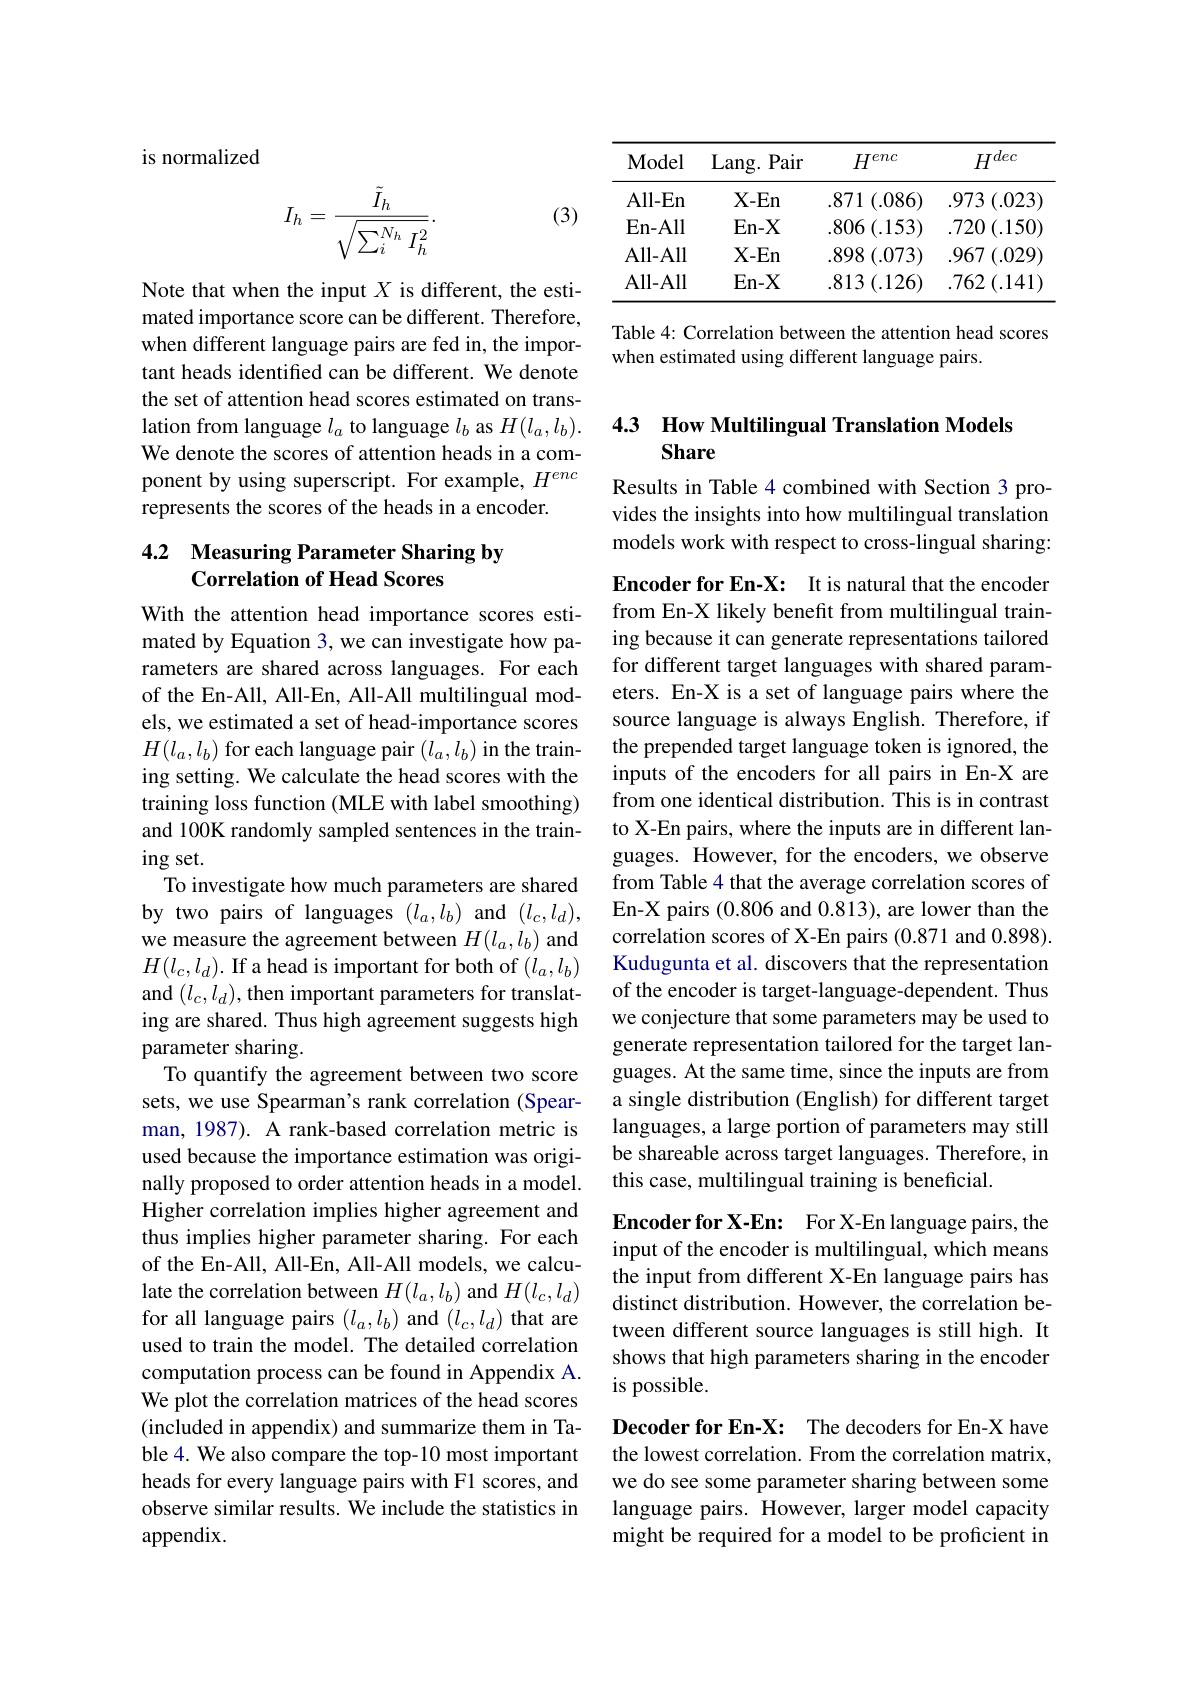
is normalized

(3)
$$I_h=\frac{\tilde{I}_h}{\sqrt{\sum_i^{N_h}I_h^2}}.$$
Note that when the input $X$ is different, the estimated importance score can be different. Therefore, tant heads identified can be different. We denote the set of attention head scores estimated on translation from language $l_a$ to language $l_b$ as $H(l_a,l_b).$ We denote the scores of attention heads in a component by using superscript. For example, $H^{enc}$ represents the scores of the heads in a encoder.

## 4.2 Measuring Parameter Sharing by Correlation of Head Scores

With the attention head importance scores estimated by Equation 3, we can investigate how parameters are shared across languages. For each of the En-All, All-En, All-All multilingual models, we estimated a set of head-importance scores $H(l_{a},l_{b})$ for each language pair $(l_{a},l_{b})$ in the training setting. We calculate the head scores with the training loss function (MLE with label smoothing) and 100K randomly sampled sentences in the train- $ingset.$
To investigate how much parameters are shared by two pairs of languages $(l_a,l_b)$ and $(l_c,l_d)$, we measure the agreement between $H(l_a,l_b)$ and $H(l_c,l_d).$ If a head is important for both of $(l_a,l_b)$ and $(l_{c},l_{d})$,then important parameters for translating are shared. Thus high agreement suggests high parameter sharing.
To quantify the agreement between two score sets, we use Spearman's rank correlation (Spearman, 1987). A rank-based correlation metric is used because the importance estimation was originally proposed to order attention heads in a model. Higher correlation implies higher agreement and thus implies higher parameter sharing. For each of the En-All, All-En, All-All models, we calculate the correlation between $H(l_a,l_b)$ and $H(l_c,l_d)$ for all language pairs $(l_a,l_b)$ and $(l_c,l_d)$ that are used to train the model. The detailed correlation computation process can be found in Appendix A. We plot the correlation matrices of the head scores (included in appendix) and summarize them in Table 4. We also compare the top-10 most important heads for every language pairs with F1 scores, and observe similar results. We include the statistics in appendix.

<table>
	<tbody>
		<tr>
			<th>Model</th>
			<th>Lang. Pair</th>
			<th>$H^{enc}$</th>
			<th>$H^{dec}$</th>
		</tr>
		<tr>
			<td>All- En</td>
			<td>$X-En$</td>
			<td>.871 (.086)</td>
			<td>.973 (.023)</td>
		</tr>
		<tr>
			<td>En- All</td>
			<td>$En-X$</td>
			<td>$.806\left(.153\right)$</td>
			<td>$.720\left(.150\right)$</td>
		</tr>
		<tr>
			<td>All- All</td>
			<td>$X-En$</td>
			<td>.898 (.073)</td>
			<td>$.967\left(.029\right)$</td>
		</tr>
		<tr>
			<td>All- All</td>
			<td>$En-X$</td>
			<td>.813 (.126)</td>
			<td>$.762\left(.141\right)$</td>
		</tr>
	</tbody>
</table>

Table 4: Correlation between the attention head scores
when different language pairs are fed in, the impor- when estimated using different We denote when estimated using different language pairs.

## 4.3 How Multilingual Translation Models Share

Results in Table 4 combined with Section 3 provides the insights into how multilingual translation models work with respect to cross-lingual sharing:

Encoder for En-X: It is natural that the encoder from En-X likely benefit from multilingual training because it can generate representations tailored for different target languages with shared parameters. En-X is a set of language pairs where the source language is always English. Therefore, if the prepended target language token is ignored, the inputs of the encoders for all pairs in En-X are from one identical distribution. This is in contrast to X-En pairs, where the inputs are in different languages. However, for the encoders, we observe from Table 4 that the average correlation scores of En-X pairs (0.806 and 0.813), are lower than the correlation scores of X-En pairs (0.871 and 0.898). Kudugunta et al. discovers that the representation of the encoder is target-language-dependent. Thus we conjecture that some parameters may be used to generate representation tailored for the target languages. At the same time, since the inputs are from a single distribution (English) for different target languages, a large portion of parameters may still be shareable across target languages. Therefore, in this case, multilingual training is beneficial.

Encoder for X-En: For X-En language pairs, the input of the encoder is multilingual, which means the input from different X-En language pairs has distinct distribution. However, the correlation between different source languages is still high. It shows that high parameters sharing in the encoder is possible.

Decoder for En-X: The decoders for En-X have the lowest correlation. From the correlation matrix, we do see some parameter sharing between some language pairs. However, larger model capacity might be required for a model to be proficient in